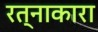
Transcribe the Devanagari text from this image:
रत्नाकारा